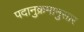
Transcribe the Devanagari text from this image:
पदानुक्रमानुसार